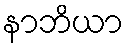
နာဘိယာ